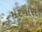
મરનારા